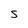
Character: S